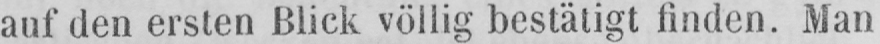
auf den ersten Blick völlig bestätigt finden. Man